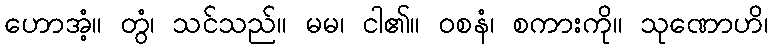
ဟောအံ့။ တွံ၊ သင်သည်။ မမ၊ ငါ၏။ ဝစနံ၊ စကားကို။ သုဏောဟိ၊